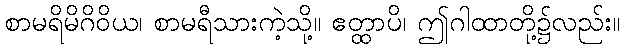
စာမရိမိဂိဝိယ၊ စာမရီသားကဲ့သို့။ ဧတ္ထာပိ၊ ဤဂါထာတို့၌လည်း။